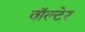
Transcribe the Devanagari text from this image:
वॉल्टेर